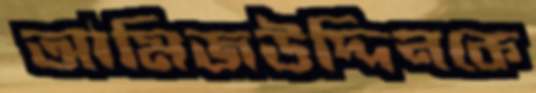
আমিজউদ্দিনকে